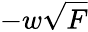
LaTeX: -w\sqrt{F}